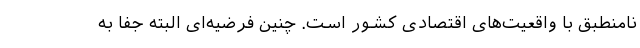
نامنطبق با واقعیت‌های اقتصادی کشور است. چنین فرضیه‌ای البته جفا به